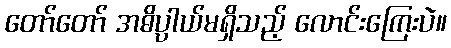
တော်တော် အဓိပ္ပါယ်မရှိသည့် လောင်းကြေးပဲ။